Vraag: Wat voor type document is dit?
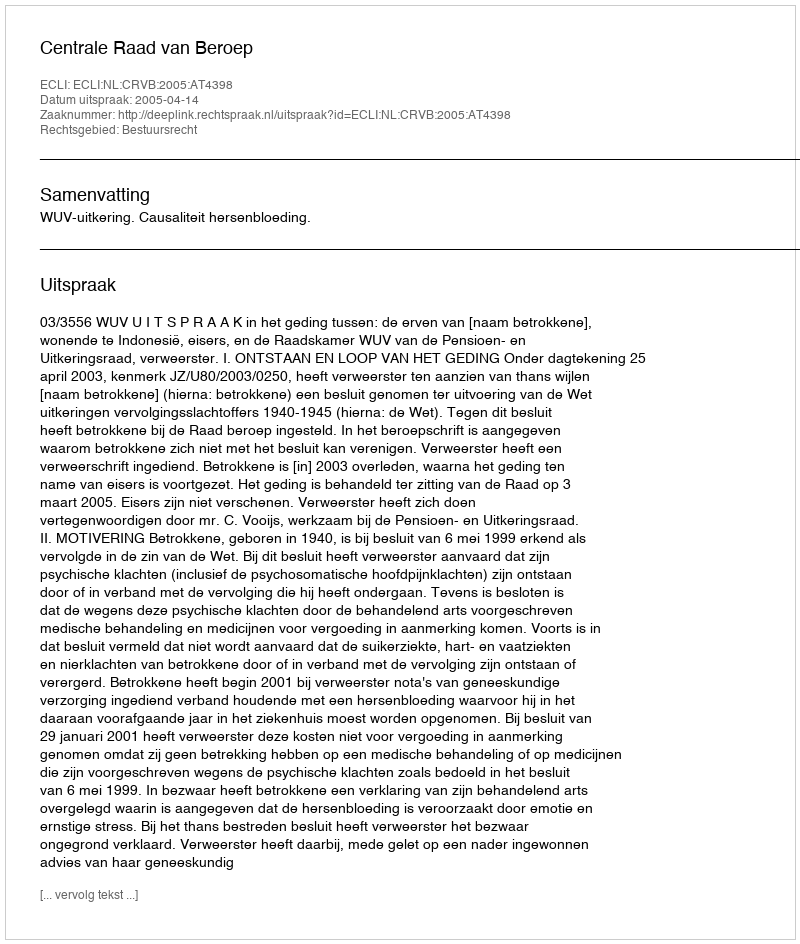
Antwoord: Uitspraak